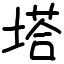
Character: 塔